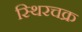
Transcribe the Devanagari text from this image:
स्थिरचक्र